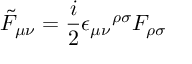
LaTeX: \tilde { F } _ { \mu \nu } = \frac { i } { 2 } { \epsilon _ { \mu \nu } } ^ { \rho \sigma } F _ { \rho \sigma }